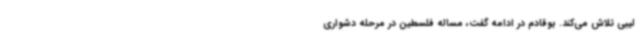
لیبی تلاش می‌کند. بوقادم در ادامه گفت، مساله فلسطین در مرحله دشواری